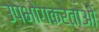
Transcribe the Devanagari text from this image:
उपभोगकर्ताओ